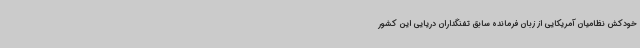
خودکش نظامیان آمریکایی از زبان فرمانده سابق تفنگداران دریایی این کشور